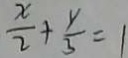
\frac { x } { 2 } + \frac { y } { 3 } = 1